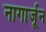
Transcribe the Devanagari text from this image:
नागार्जून